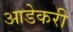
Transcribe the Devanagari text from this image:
आडेकरी